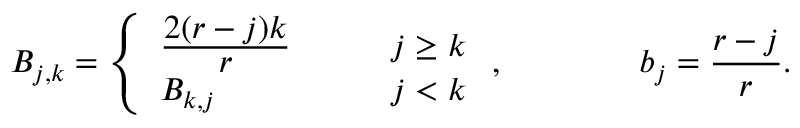
B _ { j , k } = \left\{ \begin{array} { l l } { { \frac { \displaystyle 2 ( r - j ) k } { \displaystyle r } \qquad } } & { { j \geq k } } \\ { { B _ { k , j } } } & { { j < k } } \end{array} \right. , \qquad \qquad b _ { j } = \frac { r - j } { r } .